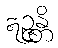
ဣဉ္ဇန္တိ